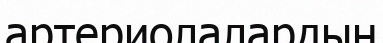
артериолалардың